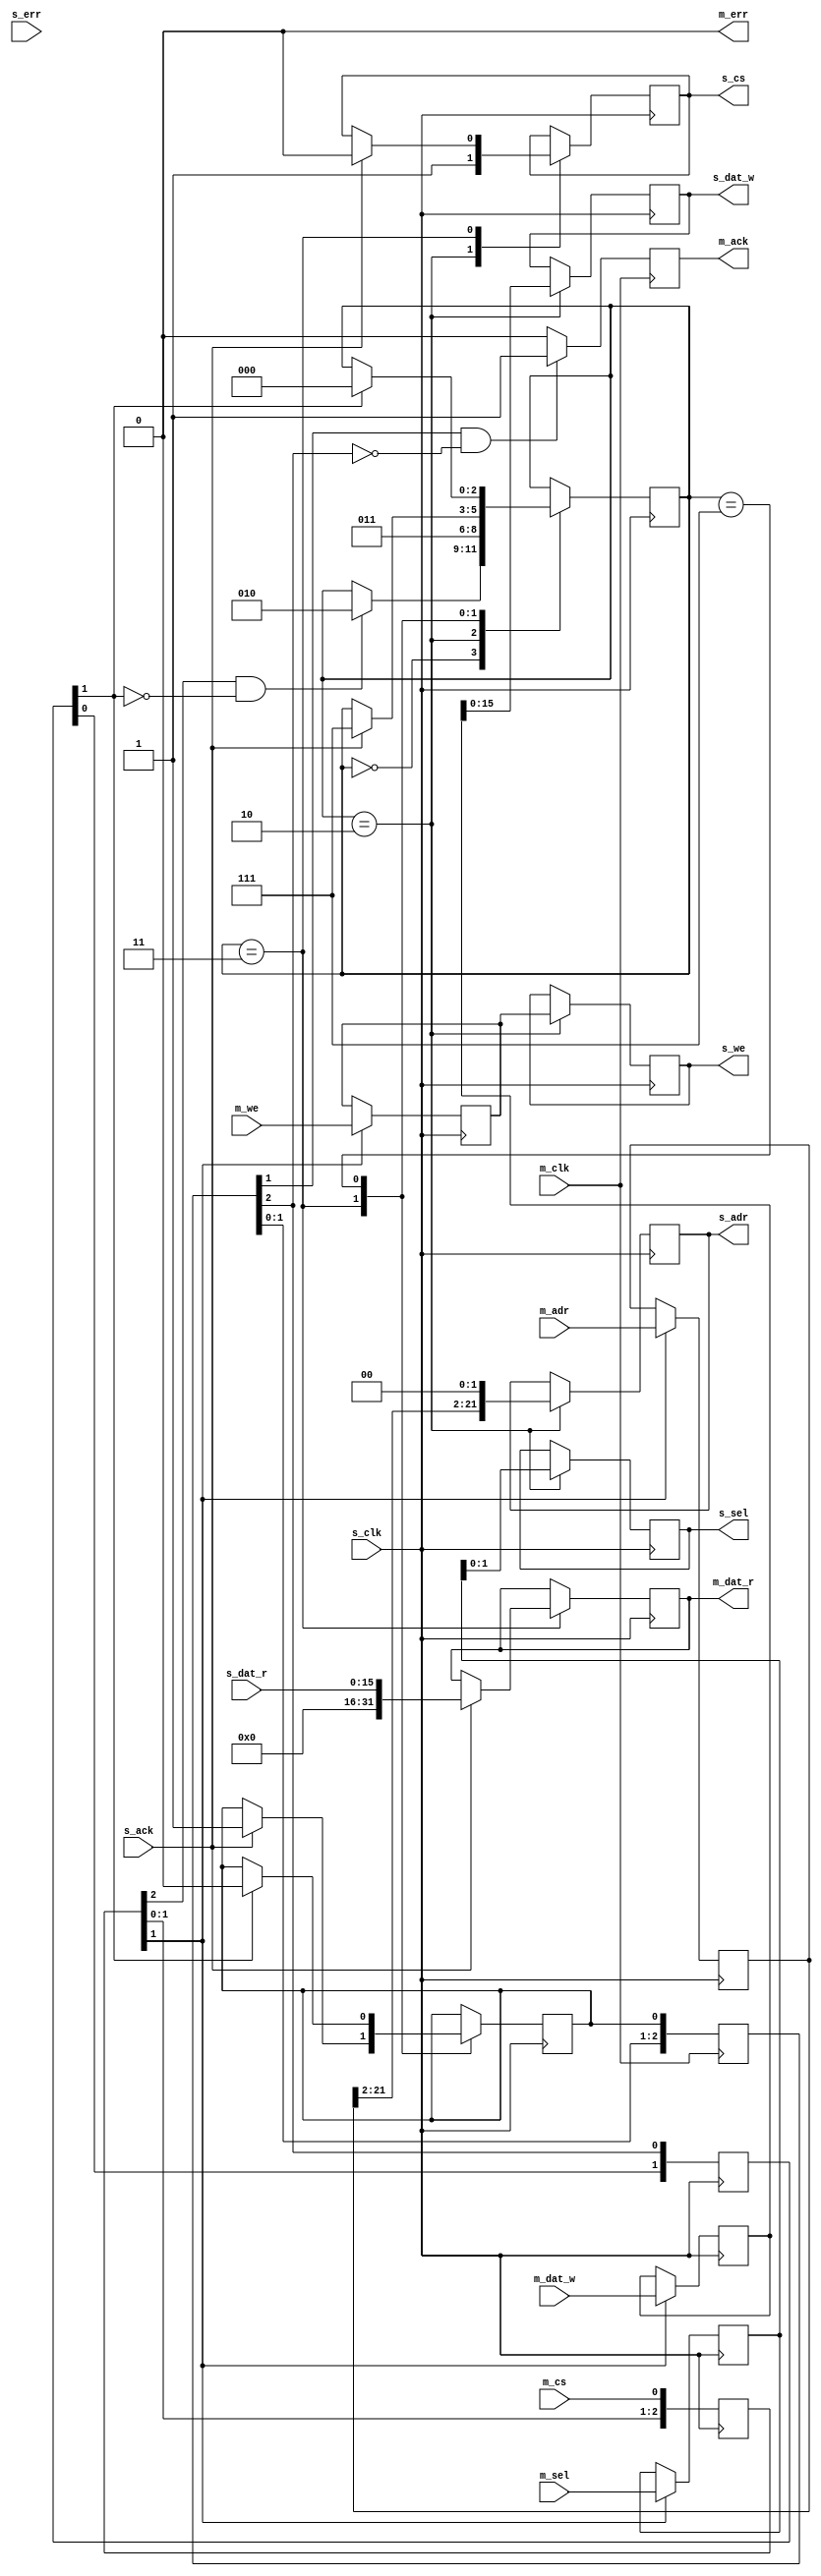
/********************************************/
/* qmem_bridge.v                            */
/* QMEM 32-to-32 bit async bridge           */
/*                                          */
/* 2013, rok.krajnc@gmail.com               */
/* 2015, Stefan Kristiansson                */
/********************************************/


module qmem_bridge #(
  parameter MAW = 22,
  parameter MSW = 4,
  parameter MDW = 32,
  parameter SAW = 22,
  parameter SSW = 2,
  parameter SDW = 16
)(
  // master
  input  wire           m_clk,
  input  wire [MAW-1:0] m_adr,
  input  wire           m_cs,
  input  wire           m_we,
  input  wire [MSW-1:0] m_sel,
  input  wire [MDW-1:0] m_dat_w,
  output reg  [MDW-1:0] m_dat_r,
  output reg            m_ack = 1'b0,
  output wire           m_err,
  // slave
  input  wire           s_clk,
  output reg  [SAW-1:0] s_adr,
  output reg            s_cs,
  output reg            s_we,
  output reg  [SSW-1:0] s_sel,
  output reg  [SDW-1:0] s_dat_w,
  input  wire [SDW-1:0] s_dat_r,
  input  wire           s_ack,
  input  wire           s_err
);


// sync master cs
reg [  3-1:0] cs_sync = 3'b000;
always @ (posedge s_clk) cs_sync <= {cs_sync[1:0], m_cs};

// detect master cs posedge
wire cs_posedge;
assign cs_posedge = cs_sync[1] && !cs_sync[2];

// latch master data
reg  [MAW-1:0] adr_d = {MAW{1'b0}};
reg            we_d = 1'b0;
reg  [MSW-1:0] sel_d = {MSW{1'b0}};
reg  [MDW-1:0] dat_w_d = {MDW{1'b0}};
always @ (posedge s_clk) begin
  if (cs_sync[1]) begin
    adr_d   <= m_adr;
    we_d    <= m_we;
    sel_d   <= m_sel;
    dat_w_d <= m_dat_w;
  end
end

// output state machine
reg  [  3-1:0] state = 3'b000;
localparam ST_IDLE     = 3'b000;
localparam ST_SETUP  = 3'b010;
localparam ST_WAIT   = 3'b011;
localparam ST_A_WAIT   = 3'b111;
reg  [  2-1:0] s_ack_sync = 2'b00;
reg done = 1'b0;
always @ (posedge s_clk) begin
  case (state)
    ST_IDLE : begin
      if (cs_sync[2] & !s_ack_sync[1]) begin
        state <= ST_SETUP;
      end
    end
    ST_SETUP : begin
      s_cs    <= 1'b1;
      s_adr   <= {adr_d[SAW-1:2], 1'b0, 1'b0};
      s_sel   <= sel_d;
      s_we    <= we_d;
      s_dat_w <= dat_w_d;
      state   <= ST_WAIT;
    end
    ST_WAIT : begin
      if (s_ack) begin
        s_cs    <= 1'b0;
        m_dat_r <= s_dat_r;
        done    <= 1'b1;
        state   <= ST_A_WAIT;
      end
    end
    ST_A_WAIT : begin
      if (s_ack_sync[1]) begin
        done  <= 1'b0;
        state <= ST_IDLE;
      end
    end
  endcase
end

// master ack
reg  [  3-1:0] m_ack_sync = 3'b000;
always @ (posedge m_clk) begin
  m_ack_sync <= {m_ack_sync[1:0], done};
end
wire m_ack_posedge;
assign m_ack_posedge = m_ack_sync[1] && !m_ack_sync[2];
always @ (posedge m_clk) begin
  if (m_ack_posedge) m_ack <= 1'b1;
  else if (m_ack) m_ack <= 1'b0;
end
always @ (posedge s_clk) begin
  s_ack_sync <= {s_ack_sync[0], m_ack_sync[2]};
end

// master err
assign m_err = 1'b0;


endmodule